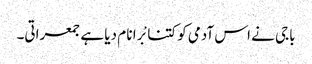
باجی نے اس آدمی کو کتنا بْرا نا م دیا ہے جمعراتی۔